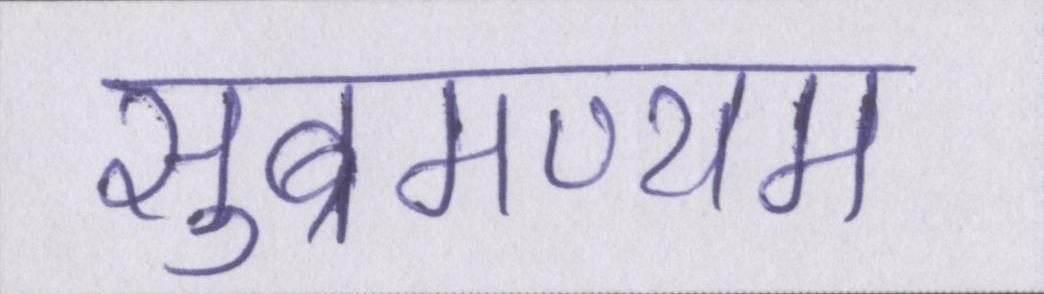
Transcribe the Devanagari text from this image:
सुब्रमण्यम